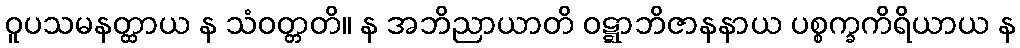
ဝူပသမနတ္ထာယ န သံဝတ္တတိ။ န အဘိညာယာတိ ဝဋ္ဋာဘိဇာနနာယ ပစ္စက္ခကိရိယာယ န